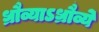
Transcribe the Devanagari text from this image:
ध्रौव्याऽध्रौव्ये